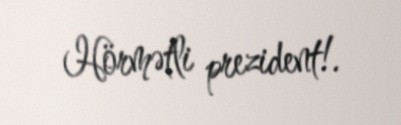
Hörmətli prezident!.